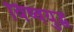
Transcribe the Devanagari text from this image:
विष्वयुद्ध